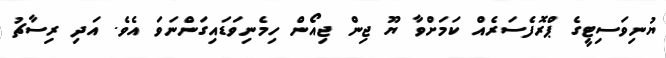
ޔުނިވަސިޓީގެ ޕްރޮފެސަރެއް ކަމަށްވާ ޔޫ ޖިން ޖިއޯން ހިމެނިވަޑައިގަންނަވަ އެވެ. އަދި ރިސާޗު